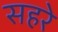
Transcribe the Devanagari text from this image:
सहरे